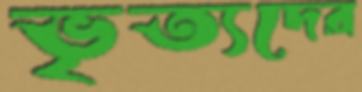
ভৃত্যদের